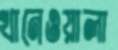
খানেওয়ালা